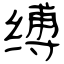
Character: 缚